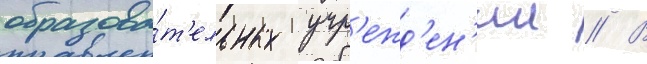
образова́т'ельных учр'ежд'ен'ии // В